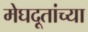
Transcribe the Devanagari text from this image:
मेघदूतांच्या